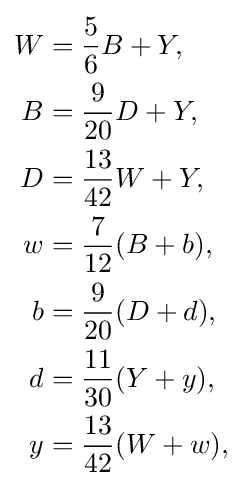
{\begin{aligned}W&={\frac {5}{6}}B+Y,\\B&={\frac {9}{20}}D+Y,\\D&={\frac {13}{42}}W+Y,\\w&={\frac {7}{12}}(B+b),\\b&={\frac {9}{20}}(D+d),\\d&={\frac {11}{30}}(Y+y),\\y&={\frac {13}{42}}(W+w),\end{aligned}}